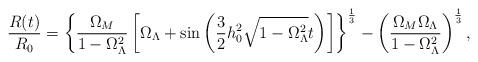
LaTeX: \begin{align*}\frac{R(t)}{R_0}=\left\{\frac{\Omega_M}{1-\Omega_{\Lambda}^2}\left[\Omega_{\Lambda}+\sin\left(\frac{3}{2}h_0^2\sqrt{1-\Omega_{\Lambda}^2}t\right)\right]\right\}^{\frac{1}{3}}-\left(\frac{\Omega_M\Omega_{\Lambda}}{1-\Omega_{\Lambda}^2}\right)^{\frac{1}{3}} ,\end{align*}